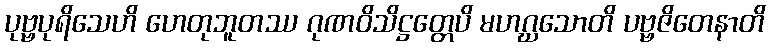
ပုဗ္ဗပုရိသေဟိ ဟေတုဘူတဿ ဂုဏဝိသိဋ္ဌတ္တေပိ မဟဂ္ဃသောတိ ပဗ္ဗဇိတေနာတိ